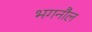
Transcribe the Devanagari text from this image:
भगनौल